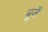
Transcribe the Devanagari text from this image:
चूजें